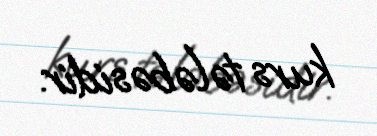
kurs tələbəsidir.